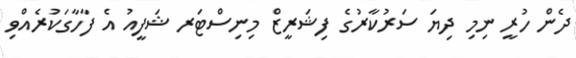
ދެން ހުރީ ނިމި ދިޔަ ސަރުކާރުގެ ފިޝަރީޒް މިނިސްޓަރ ޝަފީއު އެ ފާހާގަކުރެއްވި